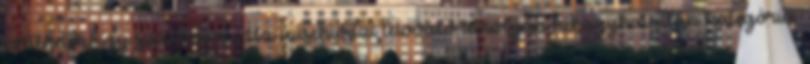
történetek, így számomra Az ​auschwitzi tetováló amolyan kihagyhatatlan kategória.